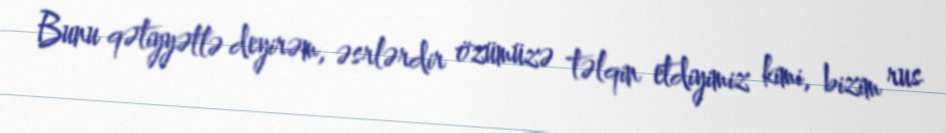
Bunu qətiyyətlə deyirəm, əsrlərdir özümüzə təlqin etdiyimiz kimi, bizim rus